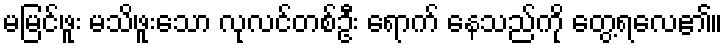
မမြင်ဖူး မသိဖူးသော လုလင်တစ်ဦး ရောက် နေသည်ကို တွေ့ရလေ၏။